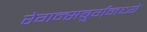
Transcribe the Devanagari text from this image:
रेगन्सबुर्गमध्ये